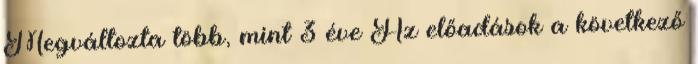
Megváltozta több, mint 3 éve Az előadások a következő